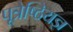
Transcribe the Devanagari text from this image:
पूत्रेष्ठियज्ञ